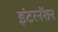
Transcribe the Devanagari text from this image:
इंटरनॅशन